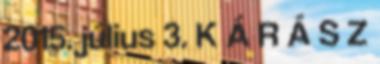
2015. július 3. K Á R Á S Z